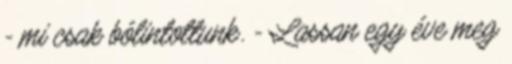
- mi csak bólintottunk. - Lassan egy éve meg